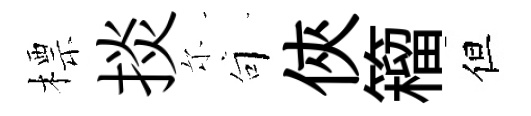
標掞尓句俠籕但